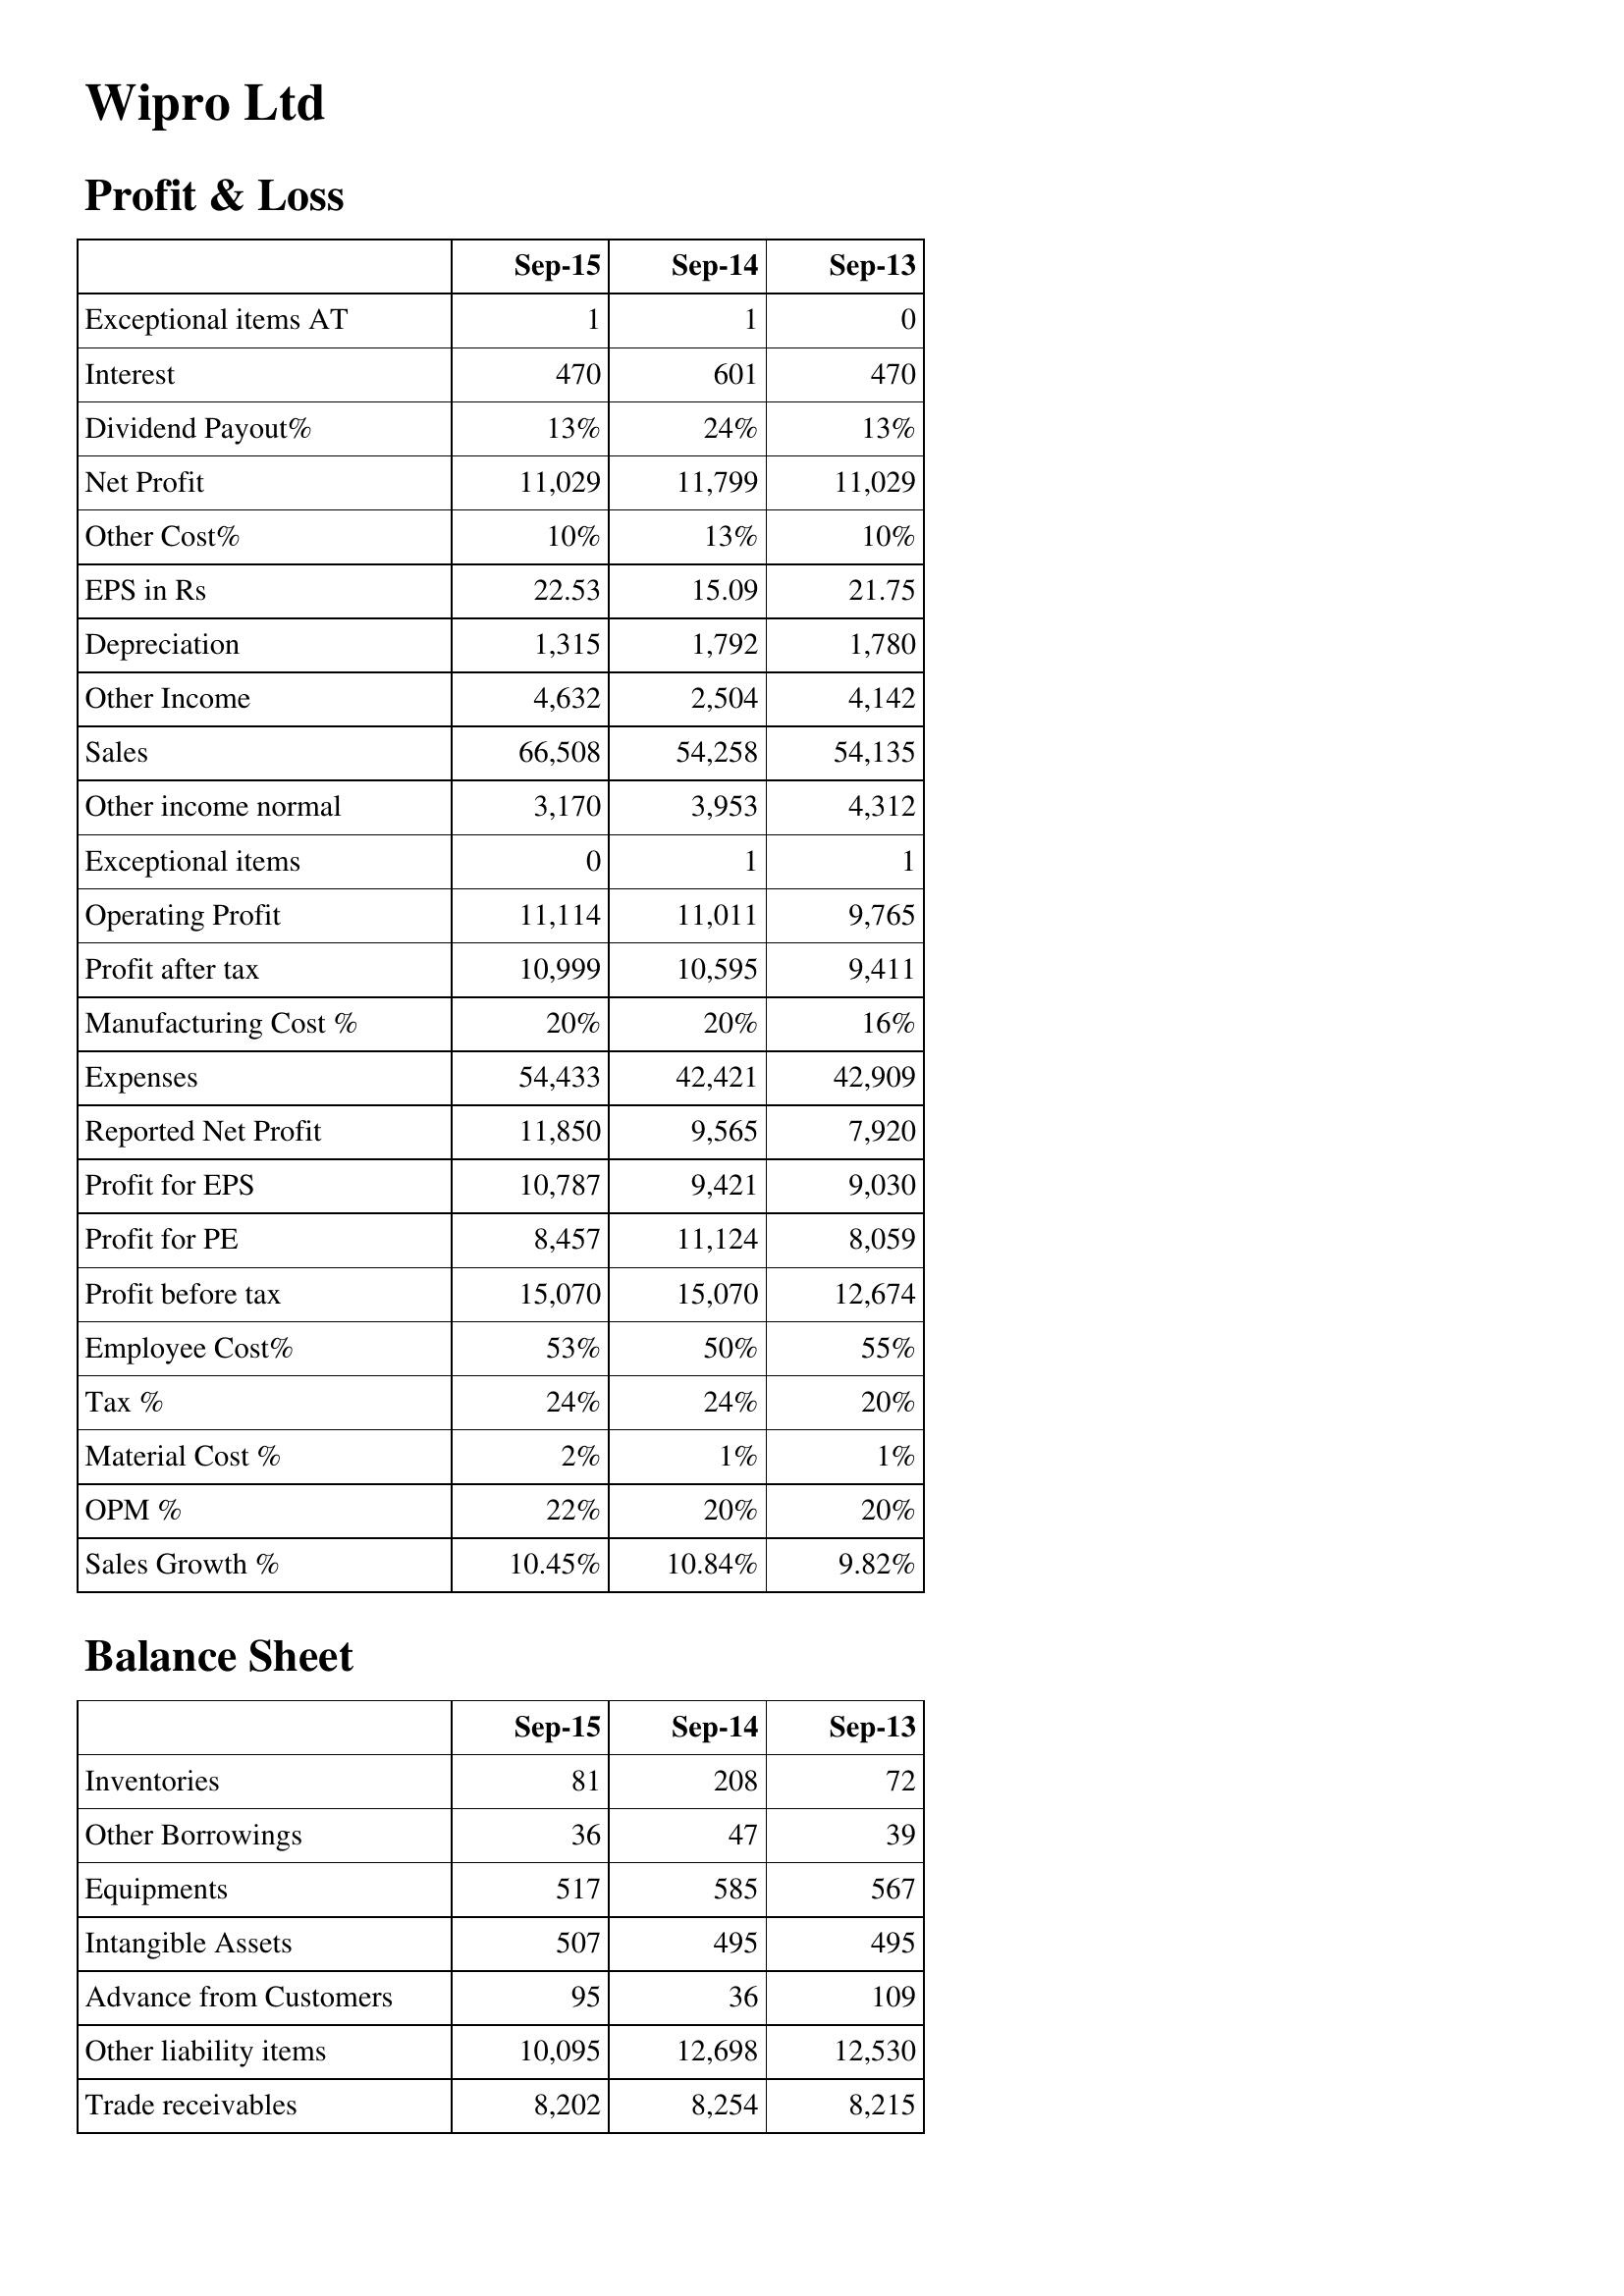
Sep-15: Profit & Loss: Exceptional items AT: 1
Interest: 470
Dividend Payout%: 13%
Net Profit: 11,029
Other Cost%: 10%
EPS in Rs: 22.53
Depreciation: 1,315
Other Income: 4,632
Sales: 66,508
Other income normal: 3,170
Exceptional items: 0
Operating Profit: 11,114
Profit after tax: 10,999
Manufacturing Cost %: 20%
Expenses: 54,433
Reported Net Profit: 11,850
Profit for EPS: 10,787
Profit for PE: 8,457
Profit before tax: 15,070
Employee Cost%: 53%
Tax %: 24%
Material Cost %: 2%
OPM %: 22%
Sales Growth %: 10.45%
Balance Sheet: Inventories: 81
Other Borrowings: 36
Equipments: 517
Intangible Assets: 507
Advance from Customers: 95
Other liability items: 10,095
Trade receivables: 8,202
Sep-14: Profit & Loss: Exceptional items AT: 1
Interest: 601
Dividend Payout%: 24%
Net Profit: 11,799
Other Cost%: 13%
EPS in Rs: 15.09
Depreciation: 1,792
Other Income: 2,504
Sales: 54,258
Other income normal: 3,953
Exceptional items: 1
Operating Profit: 11,011
Profit after tax: 10,595
Manufacturing Cost %: 20%
Expenses: 42,421
Reported Net Profit: 9,565
Profit for EPS: 9,421
Profit for PE: 11,124
Profit before tax: 15,070
Employee Cost%: 50%
Tax %: 24%
Material Cost %: 1%
OPM %: 20%
Sales Growth %: 10.84%
Balance Sheet: Inventories: 208
Other Borrowings: 47
Equipments: 585
Intangible Assets: 495
Advance from Customers: 36
Other liability items: 12,698
Trade receivables: 8,254
Sep-13: Profit & Loss: Exceptional items AT: 0
Interest: 470
Dividend Payout%: 13%
Net Profit: 11,029
Other Cost%: 10%
EPS in Rs: 21.75
Depreciation: 1,780
Other Income: 4,142
Sales: 54,135
Other income normal: 4,312
Exceptional items: 1
Operating Profit: 9,765
Profit after tax: 9,411
Manufacturing Cost %: 16%
Expenses: 42,909
Reported Net Profit: 7,920
Profit for EPS: 9,030
Profit for PE: 8,059
Profit before tax: 12,674
Employee Cost%: 55%
Tax %: 20%
Material Cost %: 1%
OPM %: 20%
Sales Growth %: 9.82%
Balance Sheet: Inventories: 72
Other Borrowings: 39
Equipments: 567
Intangible Assets: 495
Advance from Customers: 109
Other liability items: 12,530
Trade receivables: 8,215